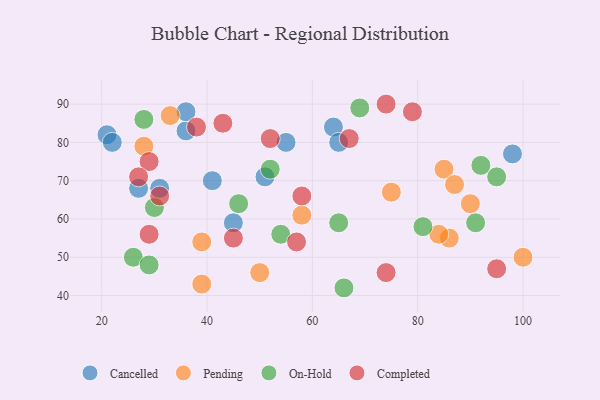
{"axis": {"x": "GDP", "y": "Life Expectancy"}, "legend": ["Cancelled", "Completed", "On-Hold", "Pending"], "data": [{"x": "21", "y": 82, "type": "Cancelled"}, {"x": "98", "y": 77, "type": "Cancelled"}, {"x": "64", "y": 84, "type": "Cancelled"}, {"x": "55", "y": 80, "type": "Cancelled"}, {"x": "41", "y": 70, "type": "Cancelled"}, {"x": "51", "y": 71, "type": "Cancelled"}, {"x": "22", "y": 80, "type": "Cancelled"}, {"x": "36", "y": 83, "type": "Cancelled"}, {"x": "31", "y": 68, "type": "Cancelled"}, {"x": "27", "y": 68, "type": "Cancelled"}, {"x": "65", "y": 80, "type": "Cancelled"}, {"x": "36", "y": 88, "type": "Cancelled"}, {"x": "45", "y": 59, "type": "Cancelled"}, {"x": "28", "y": 79, "type": "Pending"}, {"x": "39", "y": 43, "type": "Pending"}, {"x": "86", "y": 55, "type": "Pending"}, {"x": "100", "y": 50, "type": "Pending"}, {"x": "85", "y": 73, "type": "Pending"}, {"x": "39", "y": 54, "type": "Pending"}, {"x": "87", "y": 69, "type": "Pending"}, {"x": "84", "y": 56, "type": "Pending"}, {"x": "33", "y": 87, "type": "Pending"}, {"x": "75", "y": 67, "type": "Pending"}, {"x": "58", "y": 61, "type": "Pending"}, {"x": "90", "y": 64, "type": "Pending"}, {"x": "50", "y": 46, "type": "Pending"}, {"x": "54", "y": 56, "type": "On-Hold"}, {"x": "95", "y": 71, "type": "On-Hold"}, {"x": "65", "y": 59, "type": "On-Hold"}, {"x": "52", "y": 73, "type": "On-Hold"}, {"x": "28", "y": 86, "type": "On-Hold"}, {"x": "26", "y": 50, "type": "On-Hold"}, {"x": "91", "y": 59, "type": "On-Hold"}, {"x": "29", "y": 48, "type": "On-Hold"}, {"x": "46", "y": 64, "type": "On-Hold"}, {"x": "30", "y": 63, "type": "On-Hold"}, {"x": "66", "y": 42, "type": "On-Hold"}, {"x": "81", "y": 58, "type": "On-Hold"}, {"x": "92", "y": 74, "type": "On-Hold"}, {"x": "69", "y": 89, "type": "On-Hold"}, {"x": "31", "y": 66, "type": "Completed"}, {"x": "52", "y": 81, "type": "Completed"}, {"x": "38", "y": 84, "type": "Completed"}, {"x": "45", "y": 55, "type": "Completed"}, {"x": "29", "y": 75, "type": "Completed"}, {"x": "29", "y": 56, "type": "Completed"}, {"x": "57", "y": 54, "type": "Completed"}, {"x": "58", "y": 66, "type": "Completed"}, {"x": "74", "y": 90, "type": "Completed"}, {"x": "74", "y": 46, "type": "Completed"}, {"x": "67", "y": 81, "type": "Completed"}, {"x": "79", "y": 88, "type": "Completed"}, {"x": "43", "y": 85, "type": "Completed"}, {"x": "95", "y": 47, "type": "Completed"}, {"x": "27", "y": 71, "type": "Completed"}]}